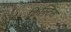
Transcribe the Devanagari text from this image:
क्रिस्टिंस